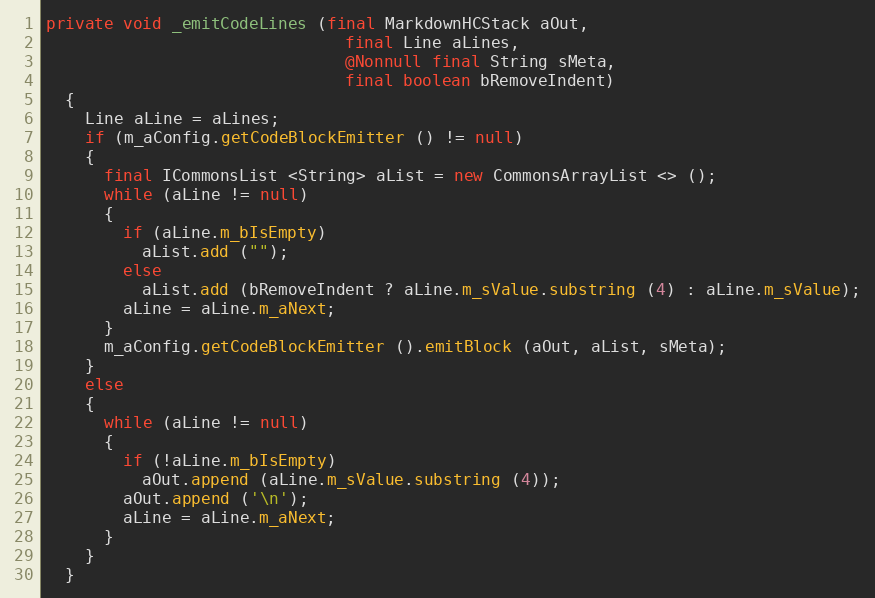
Language: Java
private void _emitCodeLines (final MarkdownHCStack aOut,
                               final Line aLines,
                               @Nonnull final String sMeta,
                               final boolean bRemoveIndent)
  {
    Line aLine = aLines;
    if (m_aConfig.getCodeBlockEmitter () != null)
    {
      final ICommonsList <String> aList = new CommonsArrayList <> ();
      while (aLine != null)
      {
        if (aLine.m_bIsEmpty)
          aList.add ("");
        else
          aList.add (bRemoveIndent ? aLine.m_sValue.substring (4) : aLine.m_sValue);
        aLine = aLine.m_aNext;
      }
      m_aConfig.getCodeBlockEmitter ().emitBlock (aOut, aList, sMeta);
    }
    else
    {
      while (aLine != null)
      {
        if (!aLine.m_bIsEmpty)
          aOut.append (aLine.m_sValue.substring (4));
        aOut.append ('\n');
        aLine = aLine.m_aNext;
      }
    }
  }